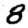
Digit: 8